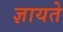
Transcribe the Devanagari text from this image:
ज्ञायते